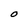
Character: O